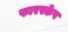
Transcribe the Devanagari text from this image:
फारस्केप